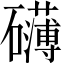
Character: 礴